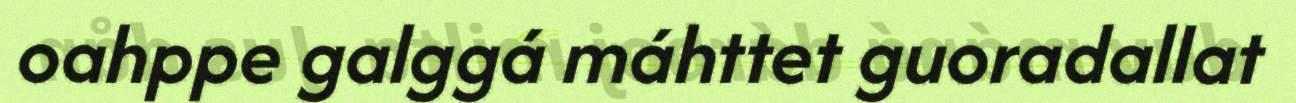
oahppe galggá máhttet guoradallat